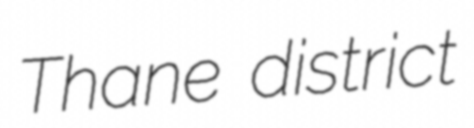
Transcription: Thane district